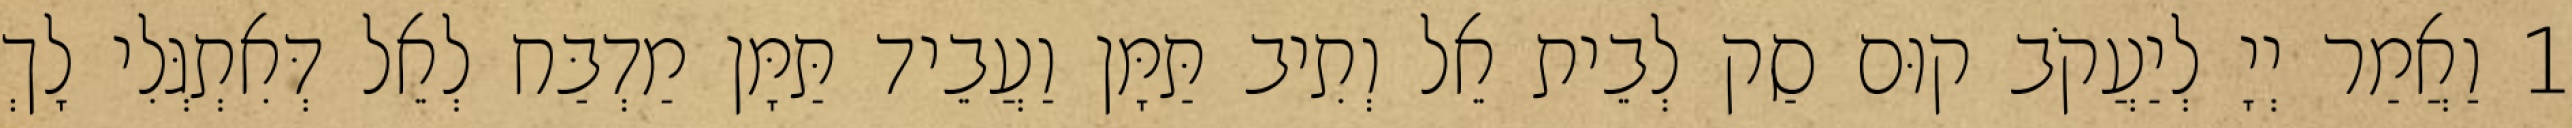
1 וַאֲמַר יְיָ לְיַעֲקֹב קוּם סַק לְבֵית אֵל וְתִיב תַּמָּן וַעֲבֵיד תַּמָּן מַדְבַּח לְאֵל דְּאִתְגְּלִי לָךְ